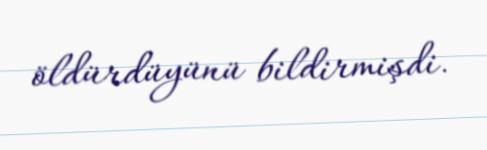
öldürdüyünü bildirmişdi.